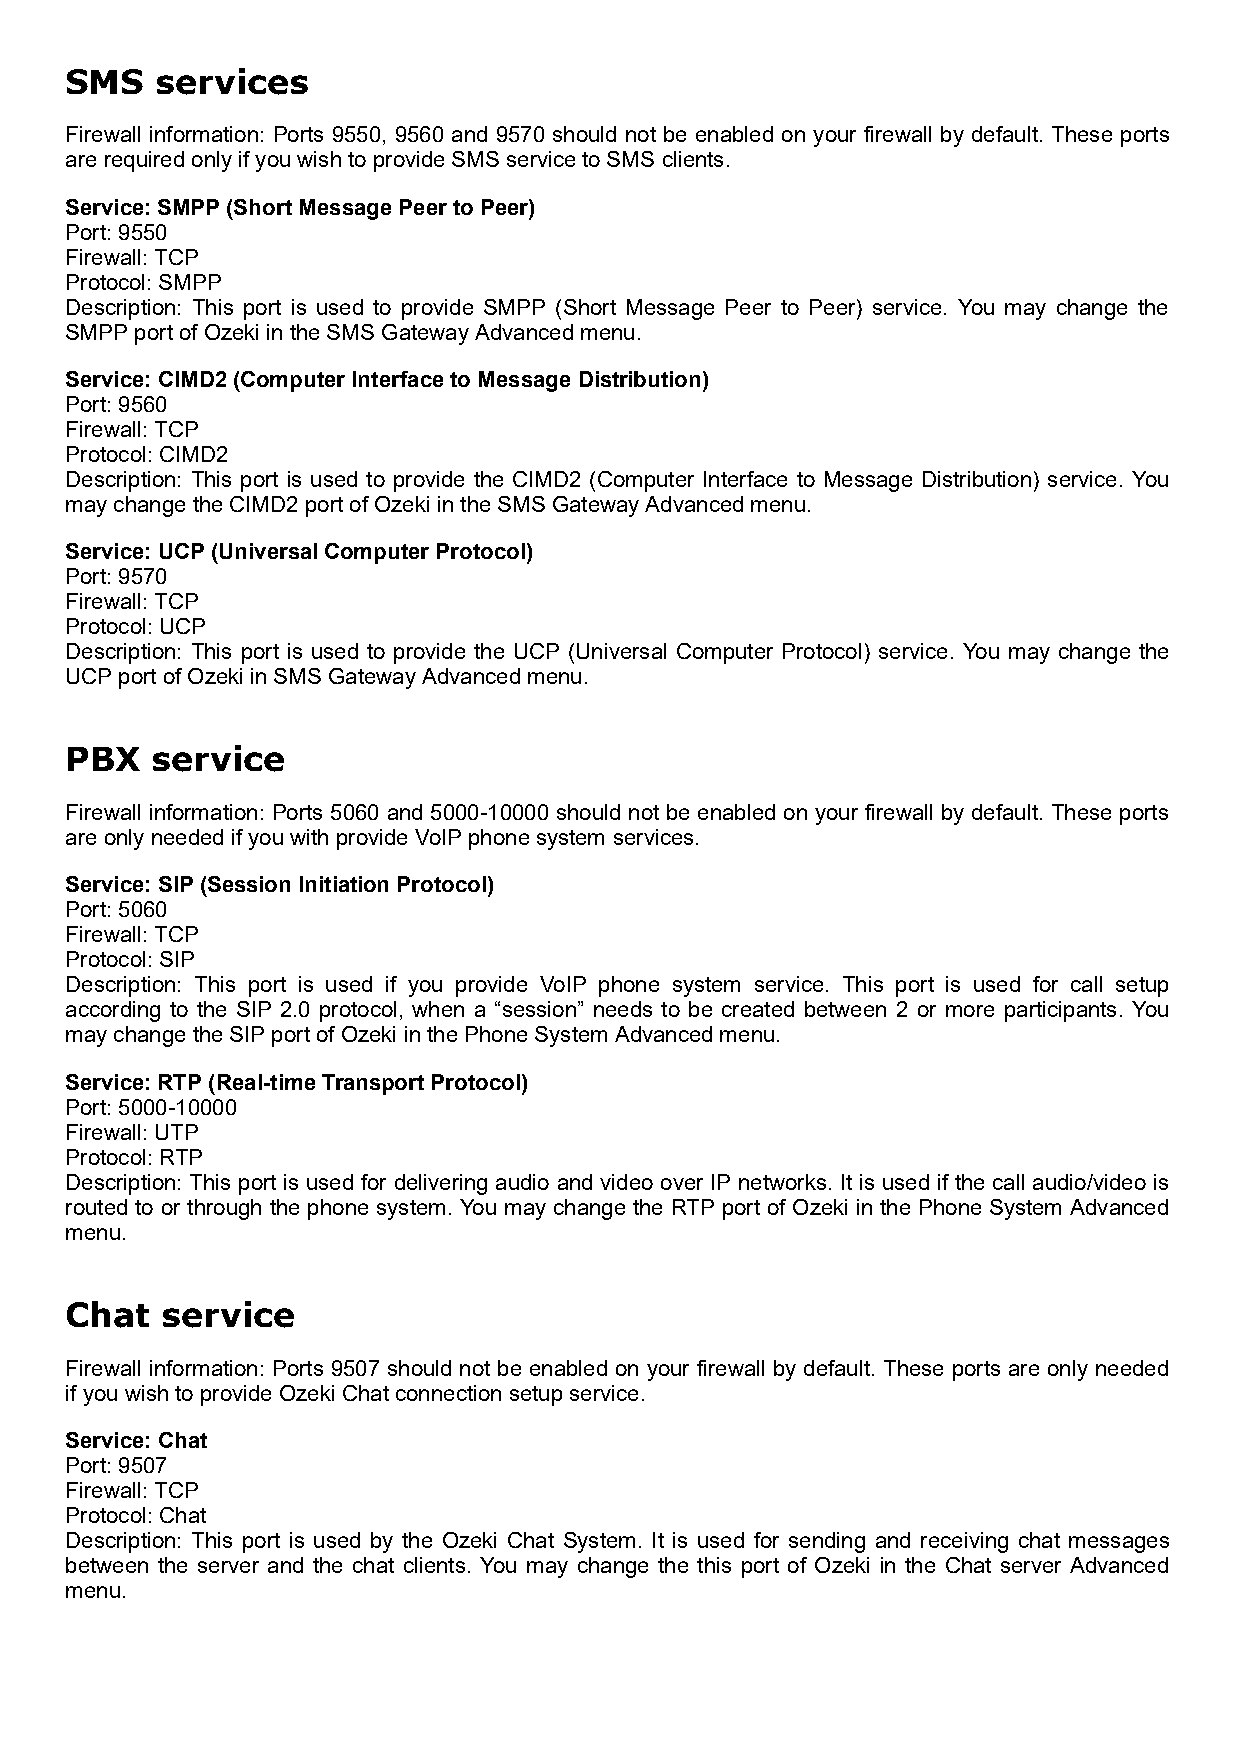
SMS   services
 Firewall information: Ports 9550, 9560 and 9570 should not be enabled on your firewall by default. These ports
 are required only if you wish to provide SMS service to SMS clients.
 Service: SMPP (Short Message Peer to Peer)
 Port: 9550
 Firewall: TCP
 Protocol: SMPP
 Description: This port is used to provide SMPP (Short Message Peer to Peer) service. You may change the
 SMPP port of Ozeki in the SMS Gateway Advanced menu.
 Service: CIMD2 (Computer Interface to Message Distribution)
 Port: 9560
 Firewall: TCP
 Protocol: CIMD2
 Description: This port is used to provide the CIMD2 (Computer Interface to Message Distribution) service. You
 may change the CIMD2 port of Ozeki in the SMS Gateway Advanced menu.
 Service: UCP (Universal Computer Protocol)
 Port: 9570
 Firewall: TCP
 Protocol: UCP
 Description: This port is used to provide the UCP (Universal Computer Protocol) service. You may change the
 UCP port of Ozeki in SMS Gateway Advanced menu.
 PBX   service
 Firewall information: Ports 5060 and 5000-10000 should not be enabled on your firewall by default. These ports
 are only needed if you with provide VoIP phone system services.
 Service: SIP (Session Initiation Protocol)
 Port: 5060
 Firewall: TCP
 Protocol: SIP
 Description: This port is used if you provide VoIP phone system service. This port is used for call setup
 according to the SIP 2.0 protocol, when a “session” needs to be created between 2 or more participants. You
 may change the SIP port of Ozeki in the Phone System Advanced menu.
 Service: RTP (Real-time Transport Protocol)
 Port: 5000-10000
 Firewall: UTP
 Protocol: RTP
 Description: This port is used for delivering audio and video over IP networks. It is used if the call audio/video is
 routed to or through the phone system. You may change the RTP port of Ozeki in the Phone System Advanced
 menu.
 Chat   service
 Firewall information: Ports 9507 should not be enabled on your firewall by default. These ports are only needed
 if you wish to provide Ozeki Chat connection setup service.
 Service: Chat
 Port: 9507
 Firewall: TCP
 Protocol: Chat
 Description: This port is used by the Ozeki Chat System. It is used for sending and receiving chat messages
 between the server and the chat clients. You may change the this port of Ozeki in the Chat server Advanced
 menu.